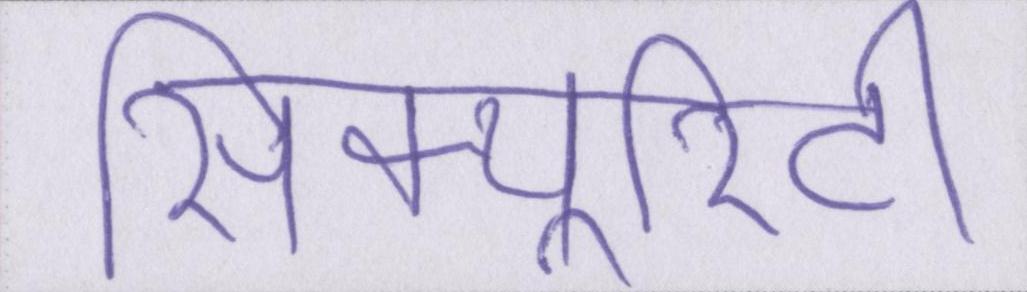
सिक्यूरिटी